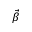
\vec { \beta }